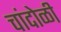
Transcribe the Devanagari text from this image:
चांदोळी